Code of medical and sanitary regulations for the guidance of medical officers serving in the Madras Presidency - Volume I
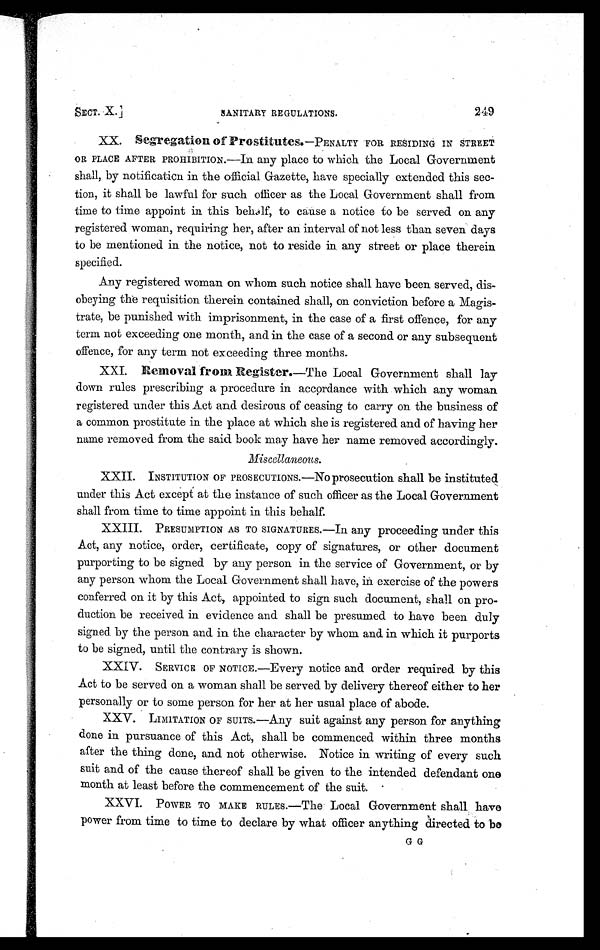
SECT. X.] SANITARY REGULATIONS. 249
XX. Segregation of Prostitutes. —PENALTY FOR RESIDING IN STREET
OR PLACE AFTER PROHIBITION.—In any place to which the Local Government
shall, by notification in the official Gazette, have specially extended this sec-
tion, it shall be lawful for such officer as the Local Government shall from
time to time appoint in this behalf, to cause a notice to be served on any
registered woman, requiring her, after an interval of not less than seven days
to be mentioned in the notice, not to reside in any street or place therein
specified.
Any registered woman on whom such notice shall have been served, dis-
obeying the requisition therein contained shall, on conviction before a Magis-
trate, be punished with imprisonment, in the case of a first offence, for any
term not exceeding one month, and in the case of a second or any subsequent
offence, for any term not exceeding three months.
XXI. Removal from Register. —The Local Government shall lay
down rules prescribing a procedure in accordance with which any woman
registered under this Act and desirous of ceasing to carry on the business of
a common prostitute in the place at which she is registered and of having her
name removed from the said book may have her name removed accordingly.
Miscellaneous.
XXII. INSTITUTION OF PROSECUTIONS.—No prosecution shall be instituted
under this Act except at the instance of such officer as the Local Government
shall from time to time appoint in this behalf.
XXIII. PRESUMPTION AS TO SIGNATURES. —In any proceeding under this
Act, any notice, order, certificate, copy of signatures, or other document
purporting to be signed by any person in the service of Government, or by
any person whom the Local Government shall have, in exercise of the powers
conferred on it by this Act, appointed to sign such document, shall on pro-
duction be received in evidence and shall be presumed to have been duly
signed by the person and in the character by whom and in which it purports
to be signed, until the contrary is shown.
XXIV. SERVICE OF NOTICE.—Every notice and order required by this
Act to be served on a woman shall be served by delivery thereof either to her
personally or to some person for her at her usual place of abode.
XXV. LIMITATION OF SUITS.—Any suit against any person for anything
done in pursuance of this Act, shall be commenced within three months
after the thing done, and not otherwise. Notice in writing of every such
suit and of the cause thereof shall be given to the intended defendant one
month at least before the commencement of the suit.
XXVI. POWER TO MAKE RULES.—The Local Government shall have
power from time to time to declare by what officer anything directed to be
G G